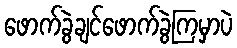
ဖောက်ခွဲချင်ဖောက်ခွဲကြမှာပဲ